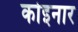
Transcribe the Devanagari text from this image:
कोइनार